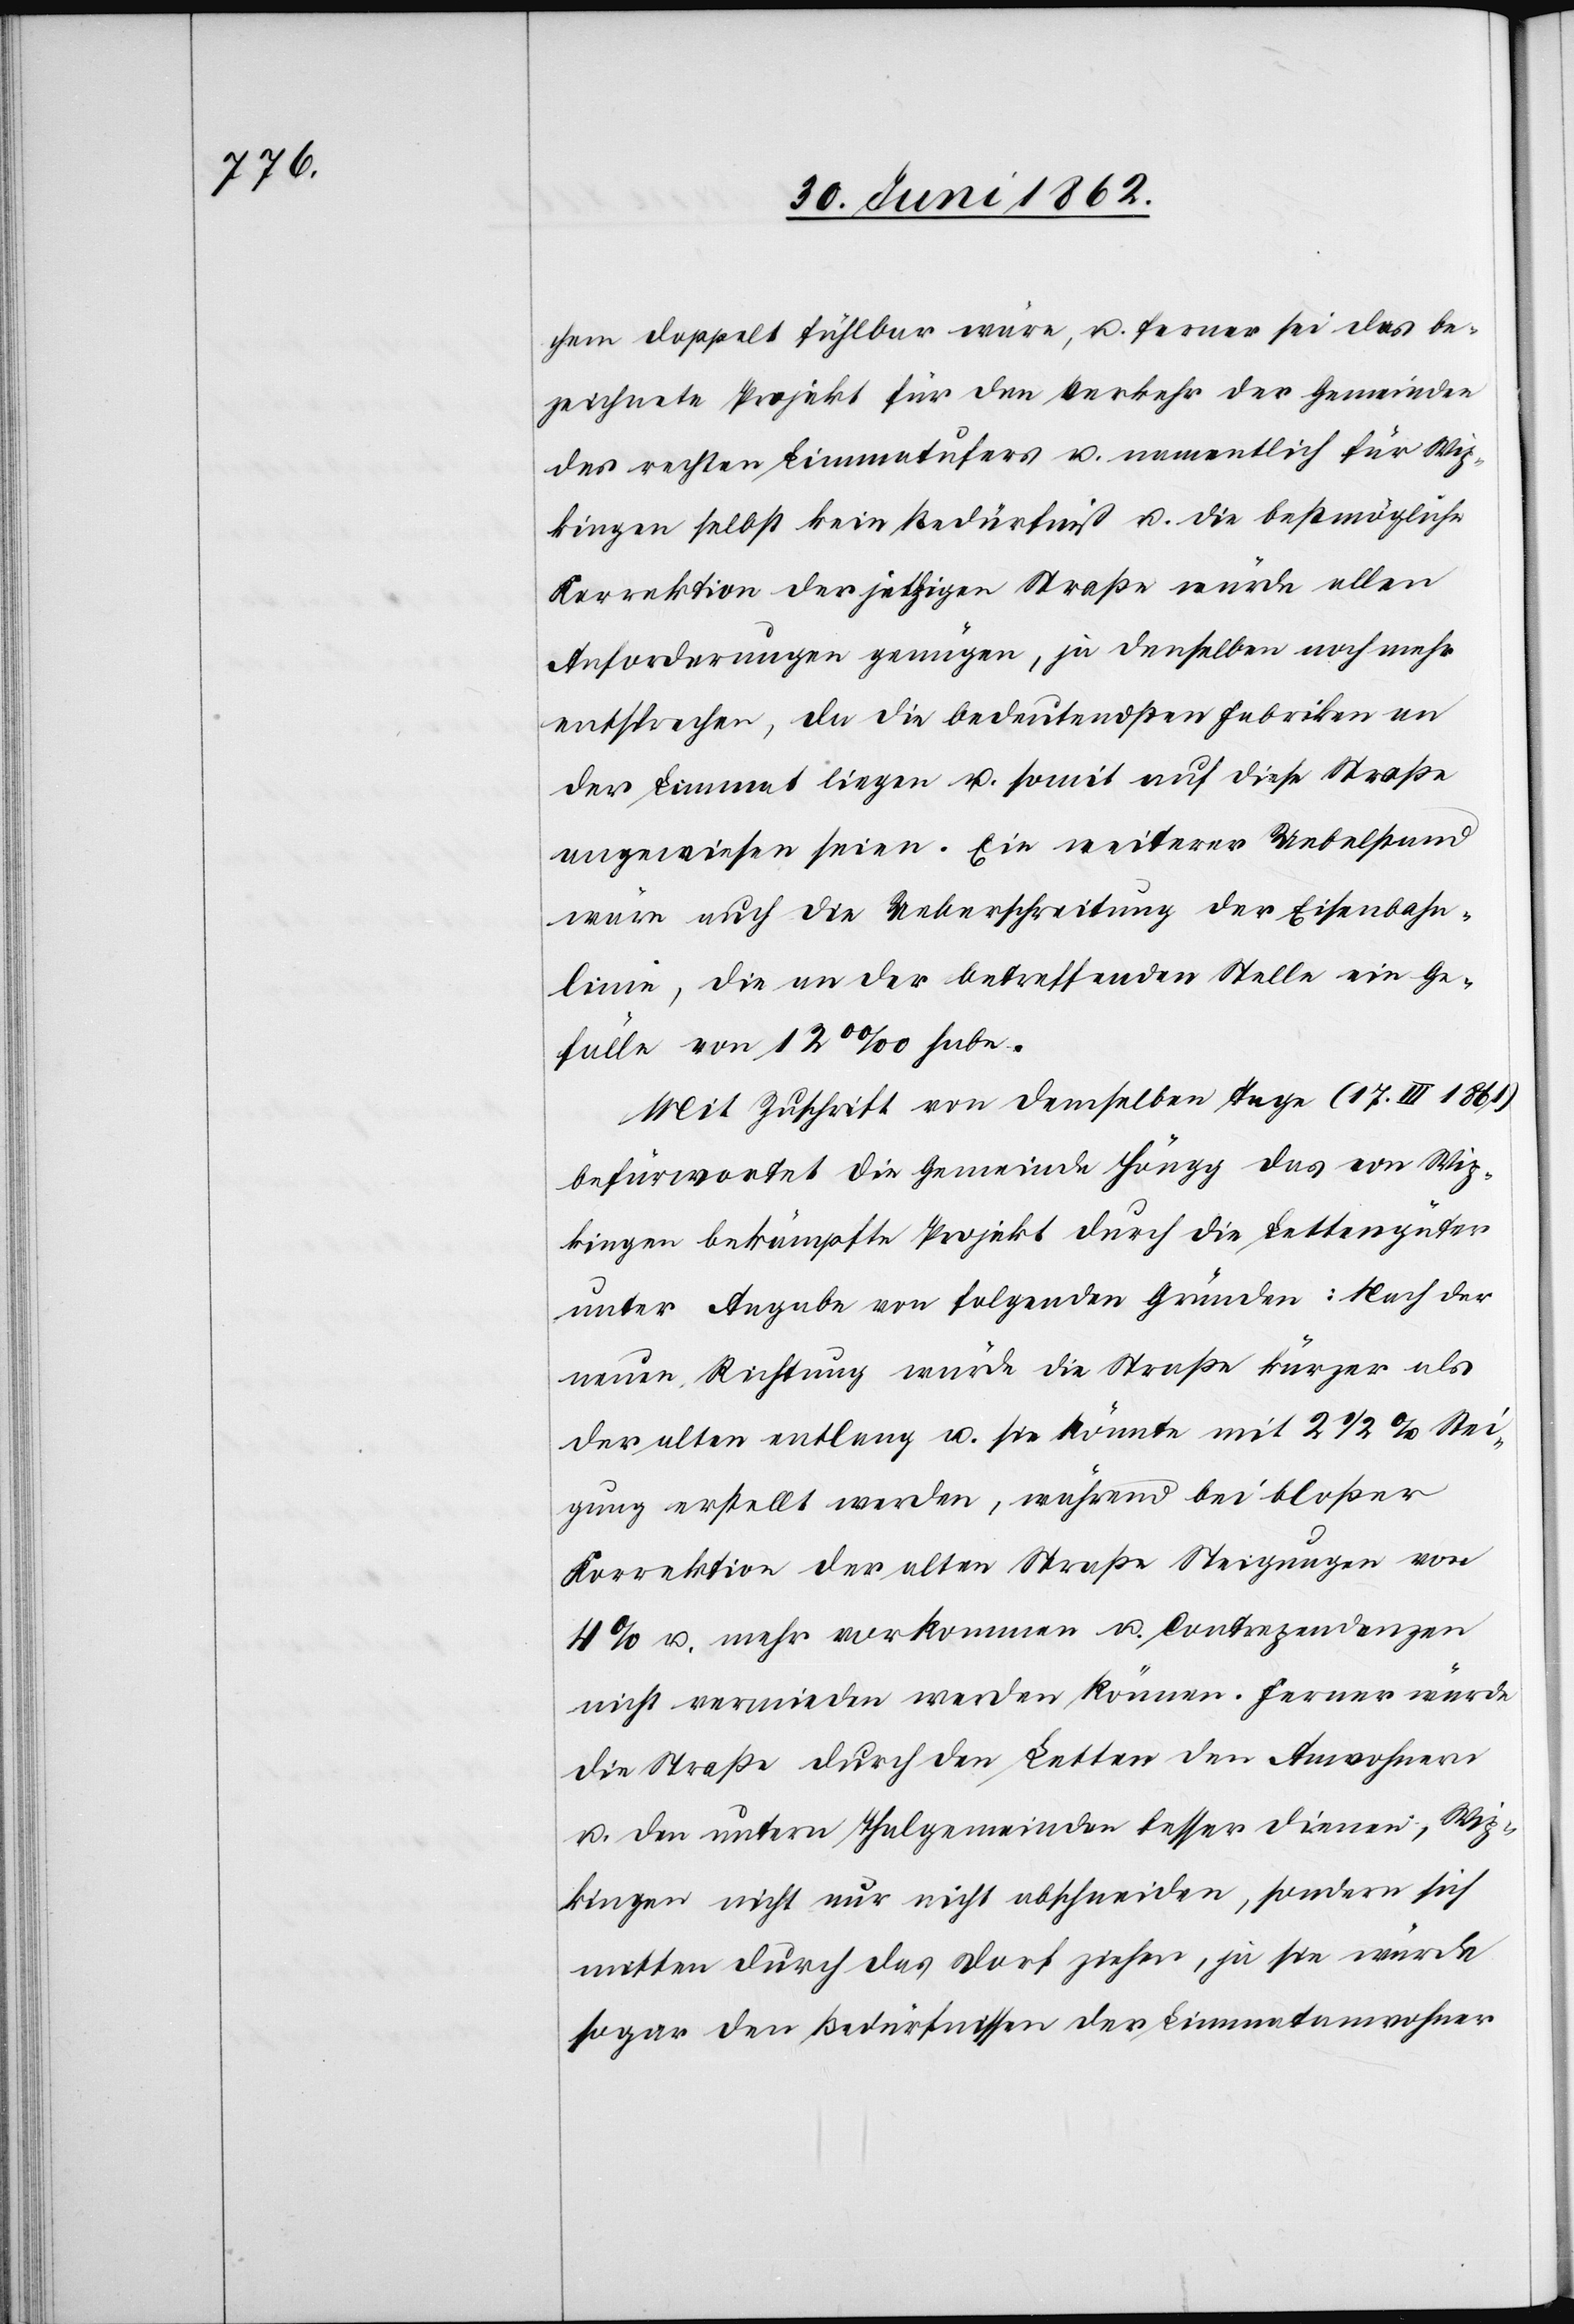
chen doppelt fühlbar wäre, u. ferner sei das be¬
zeichnete Projekt für den Verkehr der Gemeinden
des rechten Limmatufers u. namentlich für Wip¬
kingen selbst kein Bedürfniß u. die bestmögliche
Korrektion der jetzigen Straße würde allen
Anforderungen genügen, ja denselben noch mehr
entsprechen, da die bedeutendsten Fabriken an
der Limmat liegen u. somit auf diese Straße
angewiesen seien. Ein weiterer Uebelstand
wäre auch die Ueberschreitung der Eisenbahn¬
linie, die an der betreffenden Stelle ein Ge¬
fälle von 12% habe.
Mit Zuschrift von demselben Tage (17. III 1861)
befürwortet die Gemeinde Höngg das von Wip¬
kingen bekämpfte Projekt durch die Lettengüter
unter Angabe von folgenden Gründen: Nach der
neuen Richtung würde die Straße kürzer als
der alten entlang u. sie könnte mit 2 1/2% Stei¬
gung erstellt werden, während bei bloßer
Korrektion der alten Straße Steigungen von
4% u. mehr vorkommen u. Contrapendenzen
nicht vermieden werden können. Ferner würde
die Straße durch den Letten den Anwohnern
u. den untern Thalgemeinden besser dienen, Wip¬
kingen nicht nur nicht abschneiden, sondern sich
mitten durch das Dorf ziehen, ja sie würde
sogar den Bedürfnissen der Limmatanwohner